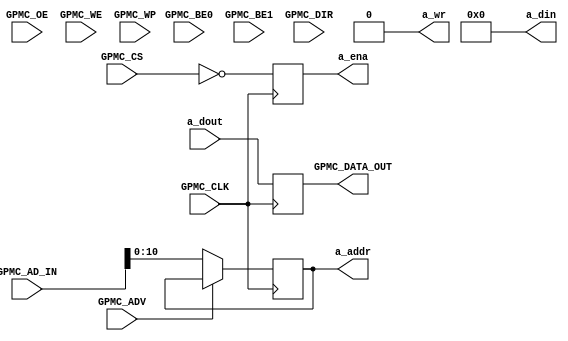
`timescale 1ns / 1ps
//////////////////////////////////////////////////////////////////////////////////
//
// Copyright (c) 2013 Ian McMahon <imcmahon@prototechnical.com>
//
//////////////////////////////////////////////////////////////////////////////////
module gpmc_sram_controller(
		input			  GPMC_CLK,
		input [15:0]  GPMC_AD_IN,
		output reg [15:0] GPMC_DATA_OUT,
		input	        GPMC_CS,
		input         GPMC_ADV,
		input			  GPMC_OE,
		input			  GPMC_WE,
		input			  GPMC_BE0,
		input			  GPMC_BE1,
		input			  GPMC_WP,
		input			  GPMC_DIR,

		output reg			a_ena,
		output reg			a_wr,
		output reg [10:0]	a_addr,
		output reg [15:0] a_din,
		input wire [15:0] a_dout
);

initial begin
	a_ena = 0;
	a_wr = 0;
	a_din = 16'h0000;
	a_addr = 10'h000;
end


always @(posedge GPMC_CLK) begin
	if(~GPMC_ADV) a_addr <= GPMC_AD_IN;

	a_ena <= ~GPMC_CS;

	GPMC_DATA_OUT <= a_dout;
end


endmodule